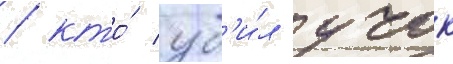
/ кто́ уб'и́л учок